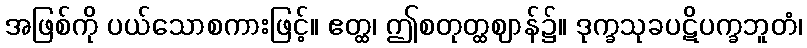
အဖြစ်ကို ပယ်သောစကားဖြင့်။ ဧတ္ထ၊ ဤစတုတ္ထဈာန်၌။ ဒုက္ခသုခပဋိပက္ခဘူတံ၊